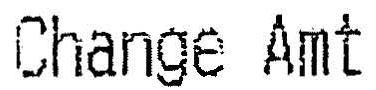
CHANGE AMT